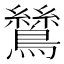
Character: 鷥